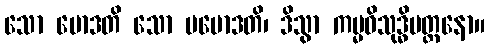
သော မောဒတိ သော ပမောဒတိ၊ ဒိသွာ ကမ္မဝိသုဒ္ဓိမတ္တနော။